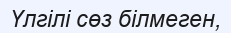
Үлгілі сөз білмеген,